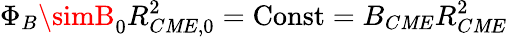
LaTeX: \Phi_{B}\simB_{0}R_{C\mathit{M}E,0}^{2}=\mathrm{{Const}}=B_{C\mathit{M}E}R_{C\mathit{M}E}^{2}